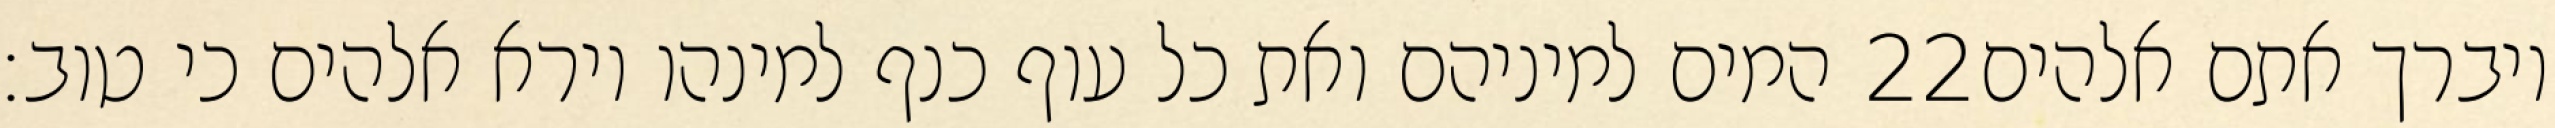
המים למיניהם ואת כל עוף כנף למינהו וירא אלהים כי טוב׃ ‎22‏ ויברך אתם אלהים